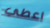
اعطي